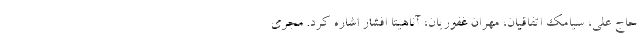
حاج علی، سیامک اتفاقیان، مهران غفوریان، آناهیتا افشار اشاره کرد. مجری